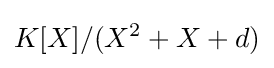
K[X]/(X^{2}+X+d)